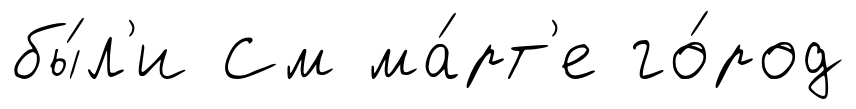
бы́л'и См ма́рт'е го́род